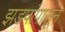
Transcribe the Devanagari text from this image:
झडपांपासून